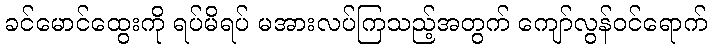
ခင်မောင်ထွေးကို ရပ်မိရပ် မအားလပ်ကြသည့်အတွက် ကျော်လွန်ဝင်ရောက်